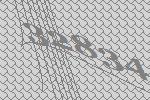
32834